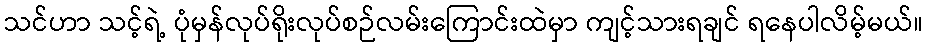
သင်ဟာ သင့်ရဲ့ ပုံမှန်လုပ်ရိုးလုပ်စဉ်လမ်းကြောင်းထဲမှာ ကျင့်သားရချင် ရနေပါလိမ့်မယ်။